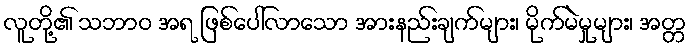
လူတို့၏ သဘာဝ အရ ဖြစ်ပေါ်လာသော အားနည်းချက်များ၊ မိုက်မဲမှုများ၊ အတ္တ